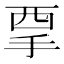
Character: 𱟷